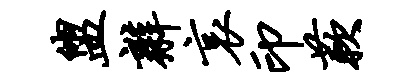
盥辫哀印蔌